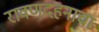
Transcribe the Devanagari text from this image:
रावणदहनाचा